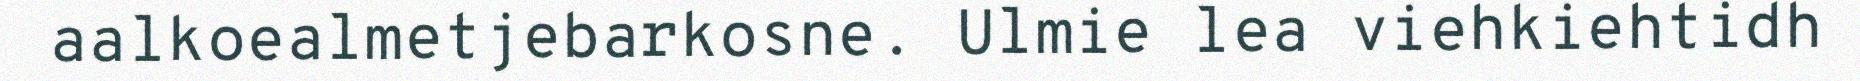
aalkoealmetjebarkosne. Ulmie lea viehkiehtidh